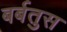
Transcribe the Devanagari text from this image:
बर्बतुस